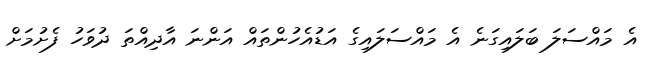
އެ މައްސަލަ ބަލައިގަނެ އެ މައްސަލައިގެ އަޑުއެހުންތައް އަންނަ އާދިއްތަ ދުވަހު ފެށުމަށް